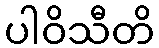
ပါဝိသီတိ